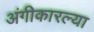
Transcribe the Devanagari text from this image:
अंगीकारल्या